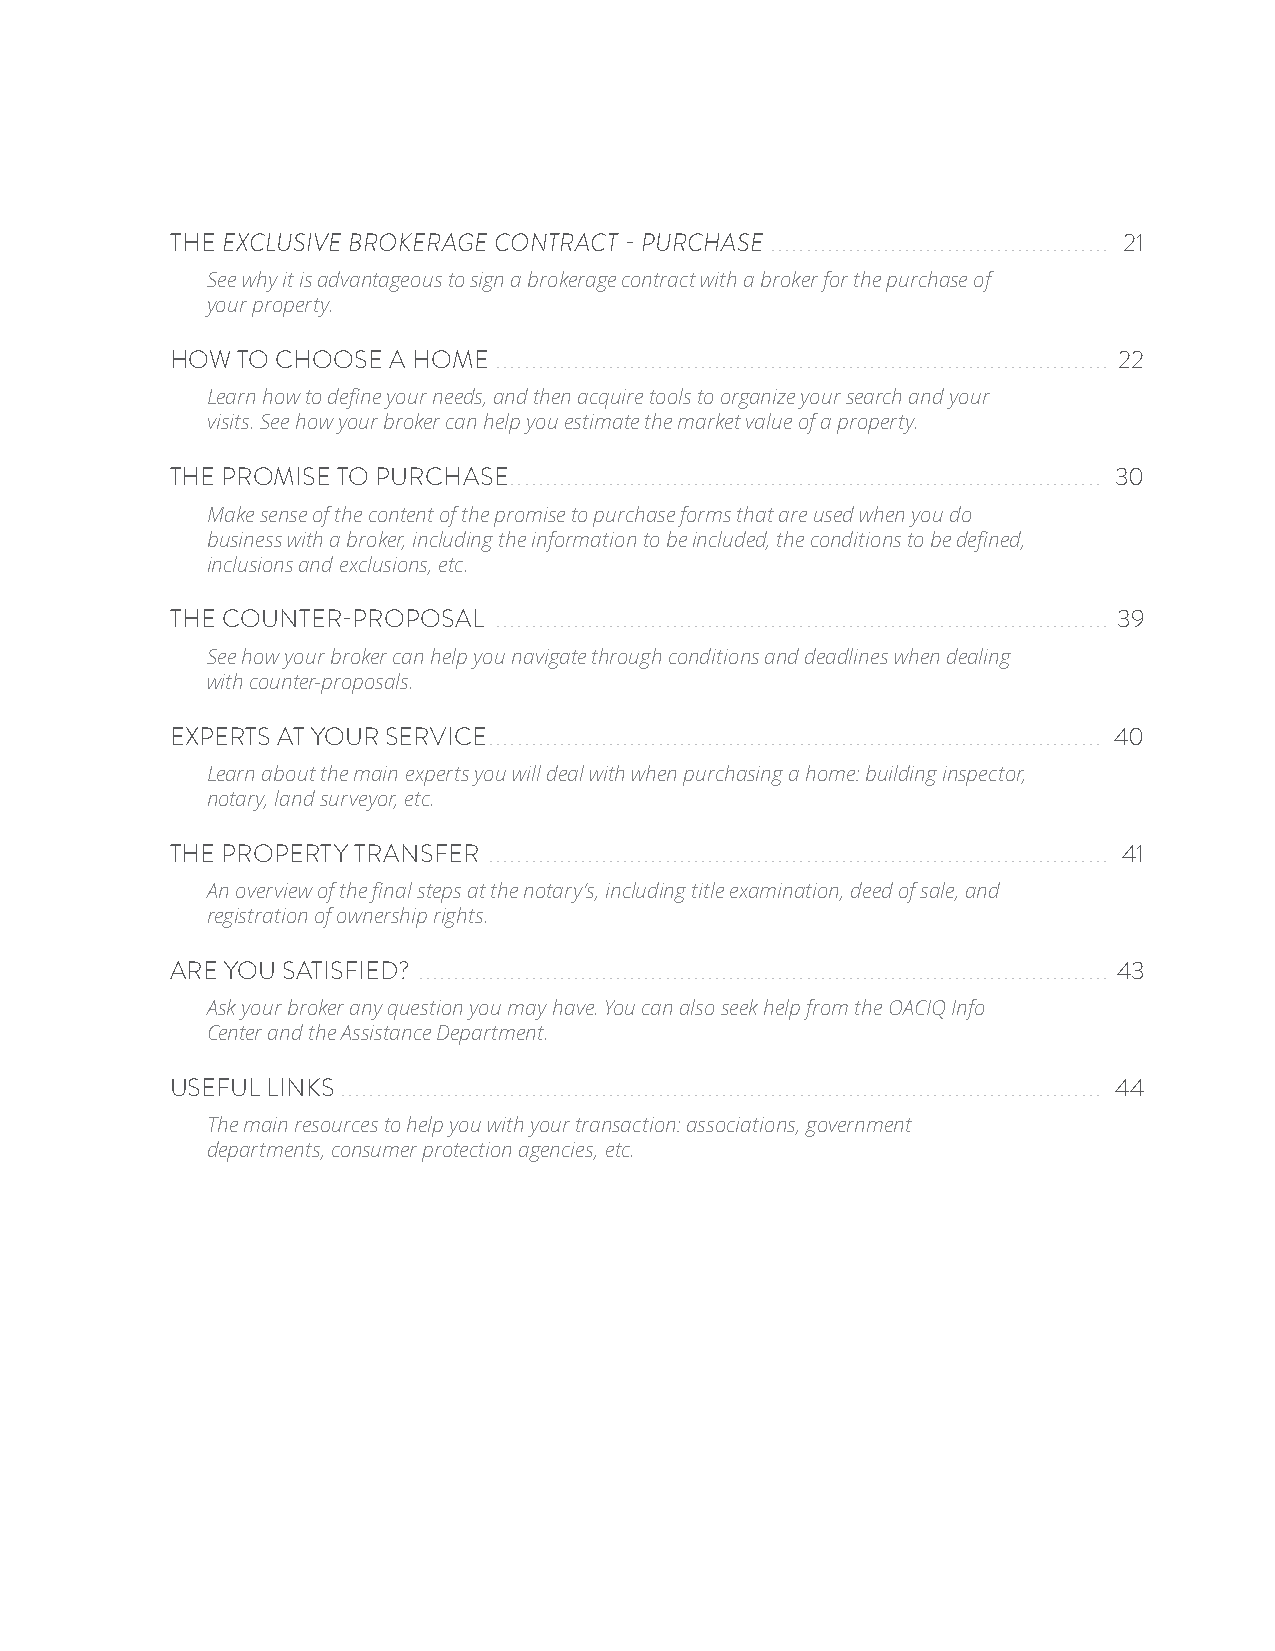
THE EXCLUSIVE BROKERAGE CONTRACT - PURCHASE ................................................ 21
 See why it is advantageous to sign a brokerage contract with a broker for the purchase of
 your property.
 HOW  TO CHOOSE A HOME . ...................................................................................... 22
 Learn how to define your needs, and then acquire tools to organize your search and your
 visits. See how your broker can help you estimate the market value of a property.
 THE PROMISE TO PURCHASE. ................................................................................... 30
 Make sense of the content of the promise to purchase forms that are used when you do
 business with a broker, including the information to be included, the conditions to be defined,
 inclusions and exclusions, etc.
 THE COUNTER-PROPOSAL  ....................................................................................... 39
 See how your broker can help you navigate through conditions and deadlines when dealing
 with counter-proposals.
 EXPERTS AT YOUR SERVICE. ...................................................................................... 40
 Learn about the main experts you will deal with when purchasing a home: building inspector,
 notary, land surveyor, etc.
 THE PROPERTY TRANSFER ........................................................................................ 41
 An overview of the final steps at the notary’s, including title examination, deed of sale, and
 registration of ownership rights.
 ARE YOU SATISFIED? .................................................................................................. 43
 Ask your broker any question you may have. You can also seek help from the OACIQ Info
 Center and the Assistance Department.
 USEFUL LINKS . ........................................................................................................... 44
 The main resources to help you with your transaction: associations, government
 departments, consumer protection agencies, etc.